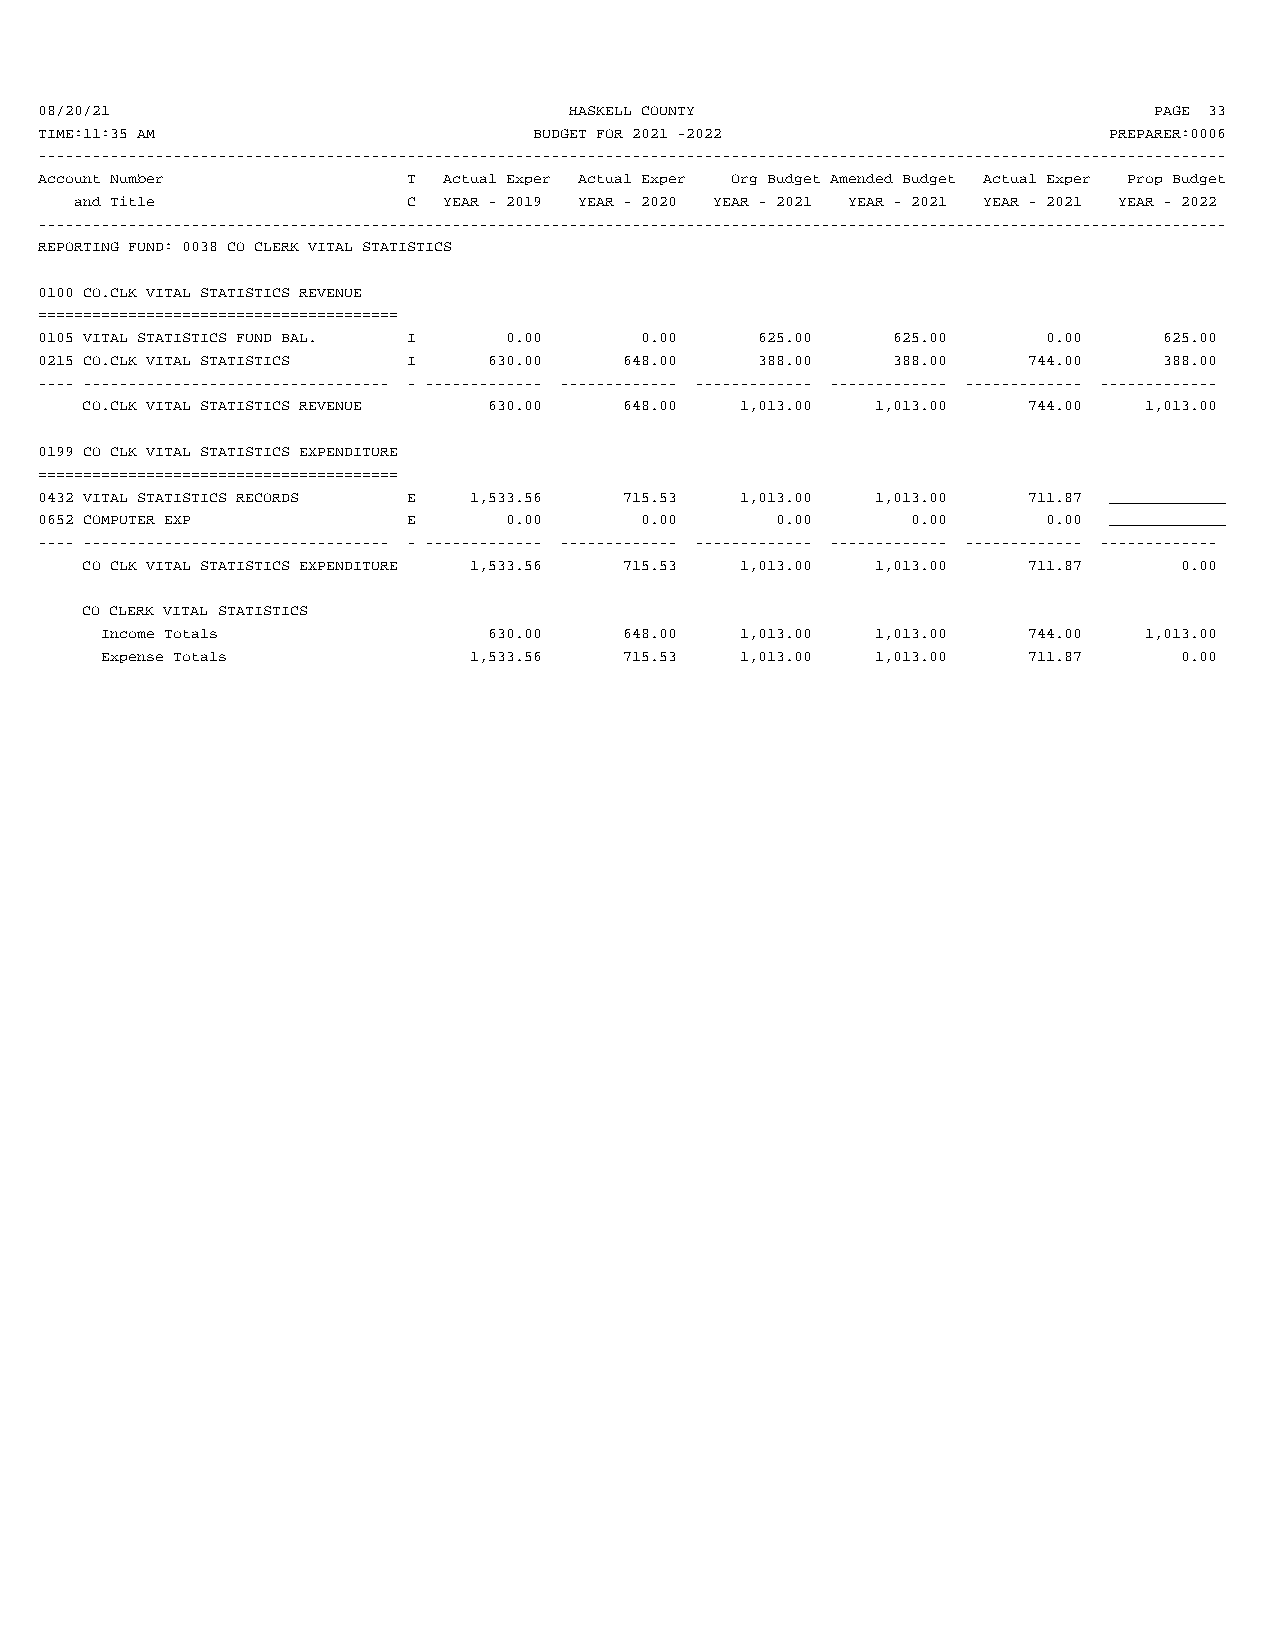
08/20/21                            HASKELL COUNTY                        PAGE 33
 TIME:11:35 AM                    BUDGET FOR 2021 -2022                 PREPARER:0006
 ------------------------------------------------------------------------------------------------------------------------------------
 Account Number           T Actual Exper Actual Exper Org Budget Amended Budget Actual Exper Prop Budget
 and Title             C YEAR - 2019 YEAR - 2020 YEAR - 2021 YEAR - 2021 YEAR - 2021 YEAR - 2022
 ------------------------------------------------------------------------------------------------------------------------------------
 REPORTING FUND: 0038 CO CLERK VITAL STATISTICS
 0100 CO.CLK VITAL STATISTICS REVENUE
 ========================================
 0105 VITAL STATISTICS FUND BAL. I 0.00  0.00    625.00   625.00    0.00    625.00
 0215 CO.CLK VITAL STATISTICS I 630.00  648.00   388.00   388.00   744.00   388.00
 ---- ---------------------------------- - ------------- ------------- ------------- ------------- ------------- -------------
 CO.CLK VITAL STATISTICS REVENUE 630.00 648.00 1,013.00 1,013.00 744.00 1,013.00
 0199 CO CLK VITAL STATISTICS EXPENDITURE
 ========================================
 0432 VITAL STATISTICS RECORDS E 1,533.56 715.53 1,013.00 1,013.00 711.87 _____________
 0652 COMPUTER EXP        E     0.00     0.00     0.00     0.00     0.00 _____________
 ---- ---------------------------------- - ------------- ------------- ------------- ------------- ------------- -------------
 CO CLK VITAL STATISTICS EXPENDITURE 1,533.56 715.53 1,013.00 1,013.00 711.87 0.00
 CO CLERK VITAL STATISTICS
 Income Totals            630.00   648.00  1,013.00 1,013.00  744.00  1,013.00
 Expense Totals          1,533.56  715.53  1,013.00 1,013.00  711.87    0.00